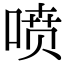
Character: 喷